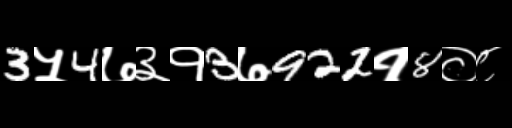
Text: 3५4७३१3७922१8०८